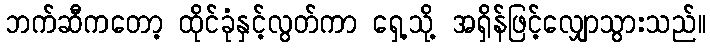
ဘက်ဆီကတော့ ထိုင်ခုံနှင့်လွတ်ကာ ရှေ့သို့ အရှိန်ဖြင့်လျှောသွားသည်။